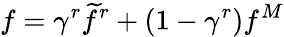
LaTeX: f=\gamma^{r}\widetilde{f}^{r}+(1-\gamma^{r})f^{M}